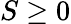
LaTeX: S\geq 0